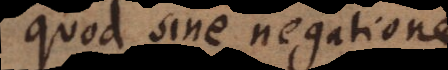
d sine negatione